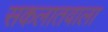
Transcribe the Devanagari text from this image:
सकलातवाला